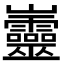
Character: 𡿡